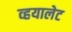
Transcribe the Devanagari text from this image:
व्हयालेट